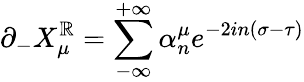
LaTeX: \partial_{-}X_{\mu}^{\mathbb{R}}=\sum_{-\infty}^{+\infty}\alpha_{n}^{\mu}e^{-2in(\sigma-\tau)}